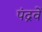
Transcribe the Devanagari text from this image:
पंद्रवें